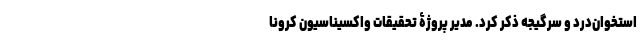
استخوان‌درد و سرگیجه ذکر کرد. مدیر پروژۀ تحقیقات واکسیناسیون کرونا